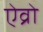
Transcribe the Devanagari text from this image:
ऐव्रो